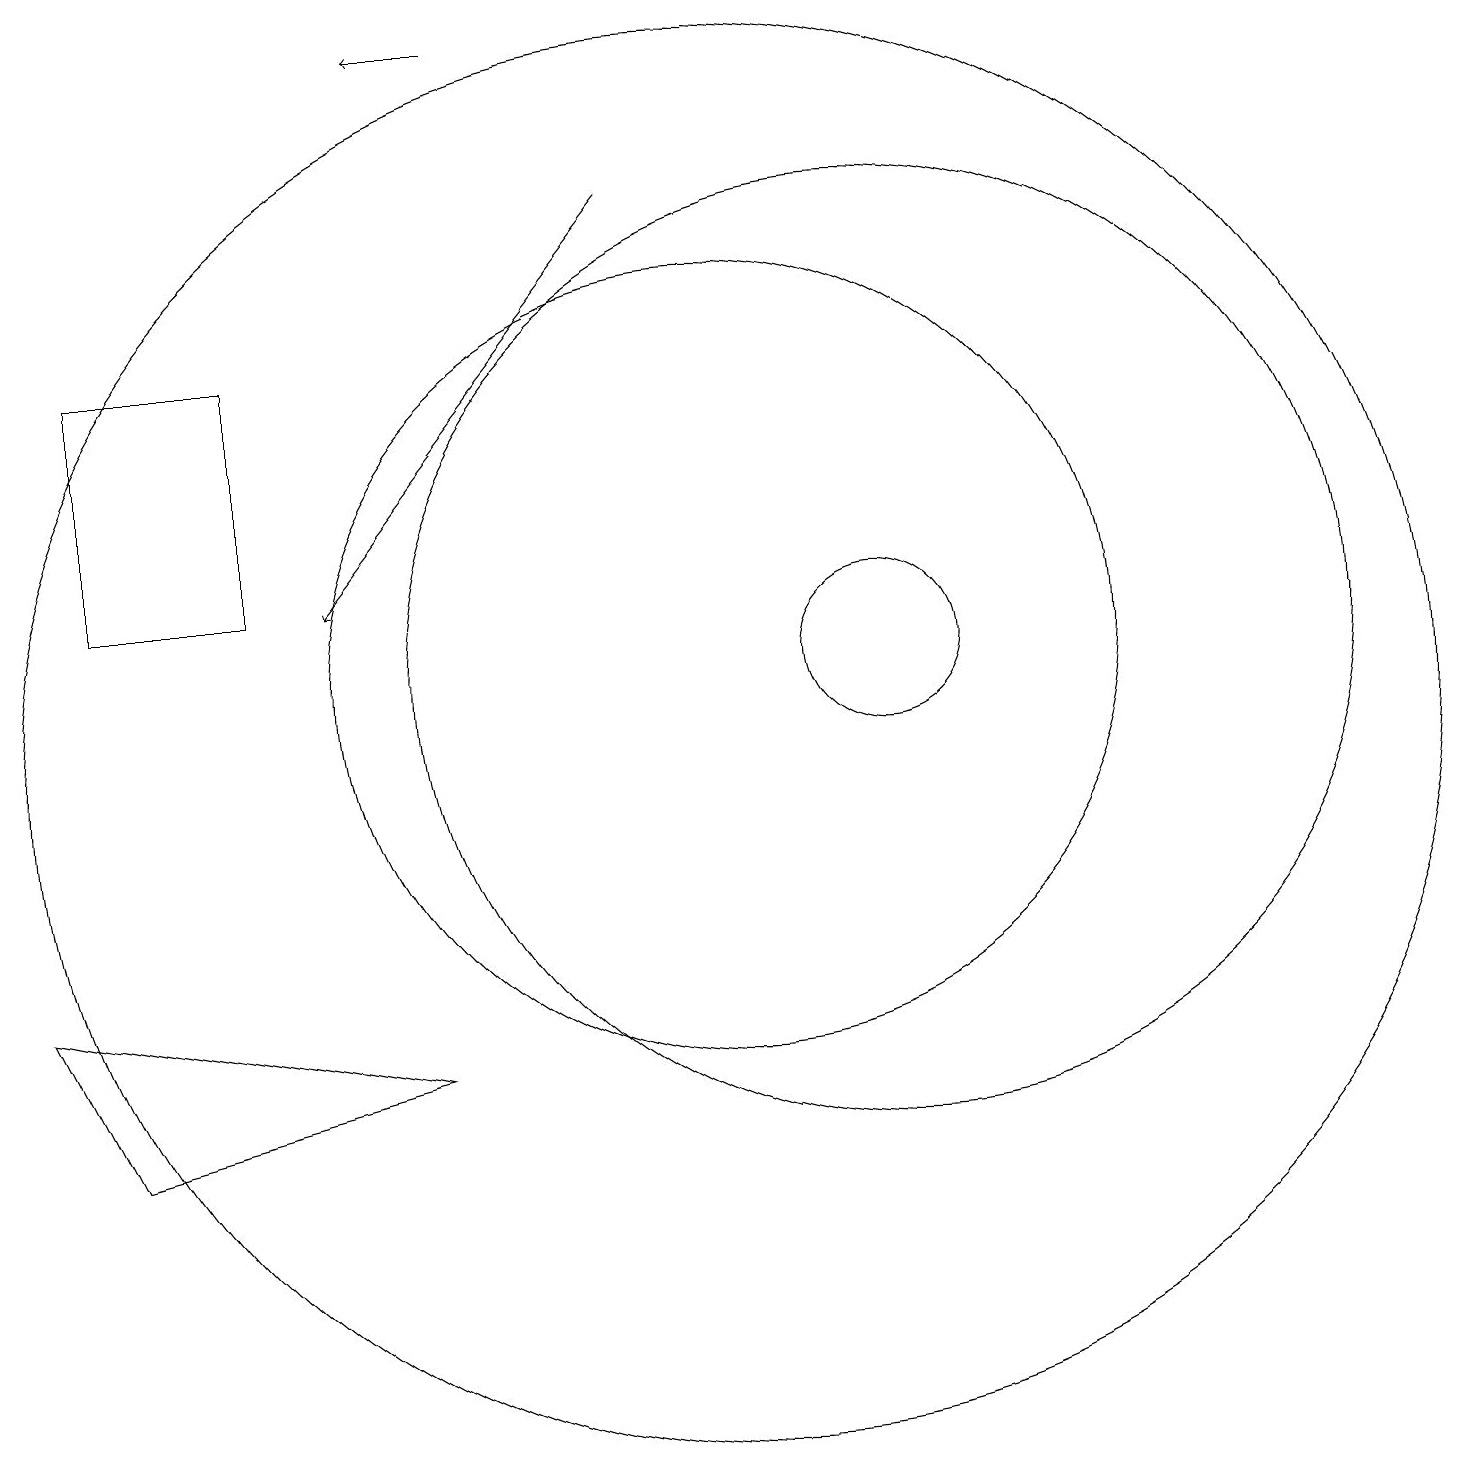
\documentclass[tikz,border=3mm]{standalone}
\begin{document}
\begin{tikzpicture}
\draw[->] (9,17) -- (5,12);
\draw (2,5) -- (6,6) -- (1,7) -- cycle;
\draw (10,10) circle (9);
\draw (10,11) circle (5);
\draw (12,11) circle (6);
\draw[->] (7,19) -- (6,19);
\draw (12,11) circle (1);
\draw (2,12) rectangle (4,15);
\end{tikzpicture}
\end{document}